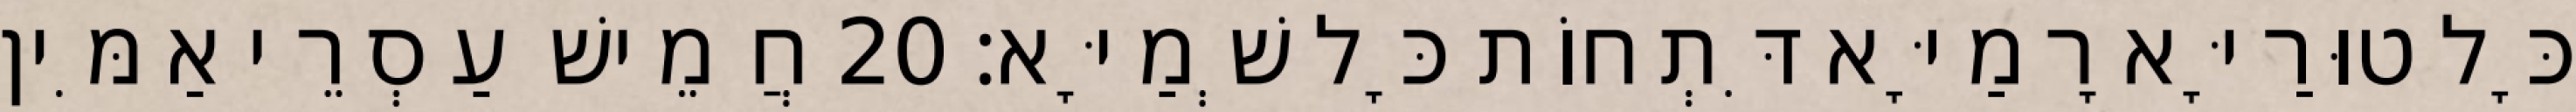
כָּל טוּרַיָּא רָמַיָּא דִּתְחוֹת כָּל שְׁמַיָּא׃ 20 חֲמֵישׁ עַסְרֵי אַמִּין